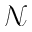
\mathcal { N }